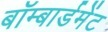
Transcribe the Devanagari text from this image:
बॉम्बार्डमेंट